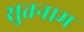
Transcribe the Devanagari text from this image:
सुतनाम